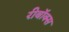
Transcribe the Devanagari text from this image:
रीबॉक्स